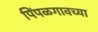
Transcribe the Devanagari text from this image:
पिंपळगावच्या